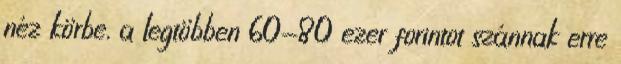
néz körbe, a legtöbben 60-80 ezer forintot szánnak erre